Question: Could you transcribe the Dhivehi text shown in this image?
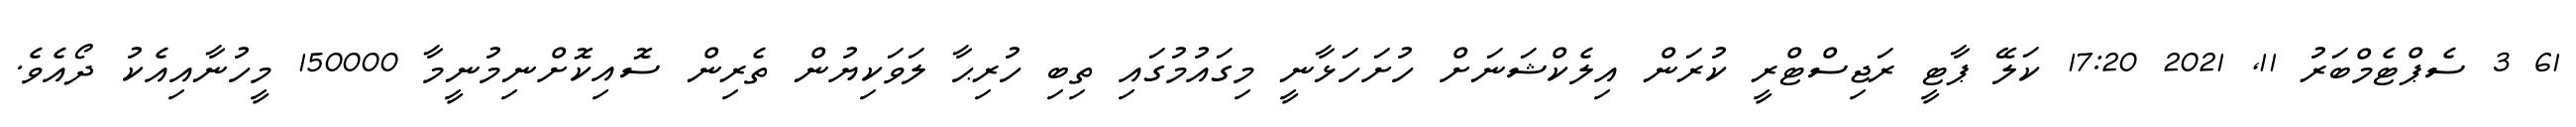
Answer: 61 3 ސެޕްޓެމްބަރު 11, 2021 17:20 ކަލޭ ޕާޓީ ރަޖިސްޓްރީ ކުރަން އިލެކްޝަނަށް ހުށަހަޅާނީ މިގައުމުގައި ތިބި ހުރިޙާ ލަވަކިޔުން ތެރިން ސޮއިކޮށްނިމުނީމާ 150000 މީހުނާއިއެކު ދޯއެވެ.